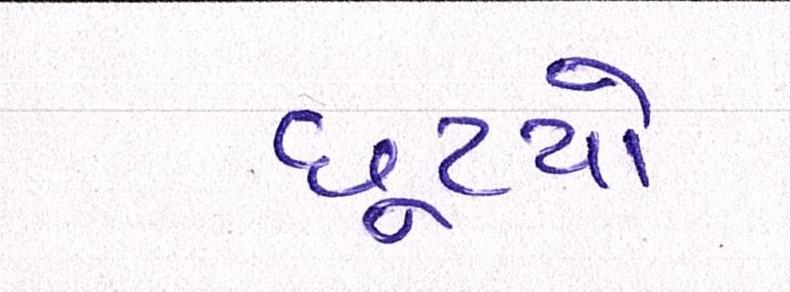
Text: છૂટયો